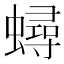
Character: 蟳